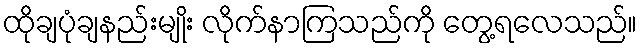
ထိုချပုံချနည်းမျိုး လိုက်နာကြသည်ကို တွေ့ရလေသည်။